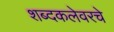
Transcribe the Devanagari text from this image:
शब्दकलेवरचे